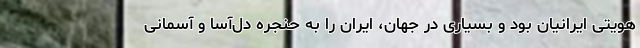
هویتی ایرانیان بود و بسیاری در جهان، ایران را به حنجره دل‌آسا و آسمانی